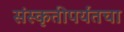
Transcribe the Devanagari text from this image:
संस्कृतीपर्यंतचा